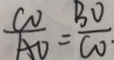
\frac { C O } { A O } = \frac { B O } { C O } .